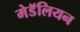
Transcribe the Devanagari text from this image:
मेडॅलियन